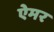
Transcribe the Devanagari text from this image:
ऐमर